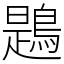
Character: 鶗